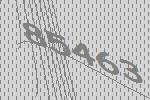
85463